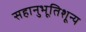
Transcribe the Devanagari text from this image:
सहानुभूतिशून्य